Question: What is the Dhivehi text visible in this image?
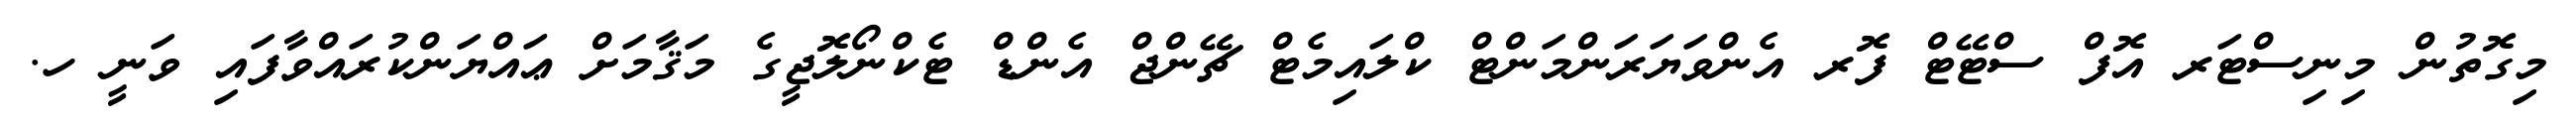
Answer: މިގޮތުން މިނިސްޓަރ އޮފް ސްޓޭޓް ފޮރ އެންވަޔަރަންމަންޓް ކްލައިމެޓް ޗޭންޖް އެންޑް ޓެކްނޯލޮޖީގެ މަޤާމަށް ޢައްޔަންކުރައްވާފައި ވަނީ ހ.